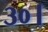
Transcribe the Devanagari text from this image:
३०।